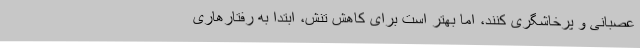
عصبانی و پرخاشگری کنند، اما بهتر است برای کاهش تنش، ابتدا به رفتارهاری